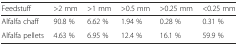
<table><thead><tr><td><b>Feedstuff</b></td><td><b>&gt;2 mm</b></td><td><b>&gt;1 mm</b></td><td><b>&gt;0.5 mm</b></td><td><b>&gt;0.25 mm</b></td><td><b>&lt;0.25 mm</b></td></tr></thead><tbody><tr><td>Alfalfa chaff</td><td>90.8 %</td><td>6.62 %</td><td>1.94 %</td><td>0.28 %</td><td>0.31 %</td></tr><tr><td>Alfalfa pellets</td><td>4.63 %</td><td>6.95 %</td><td>12.4 %</td><td>16.1 %</td><td>59.9 %</td></tr></tbody></table>